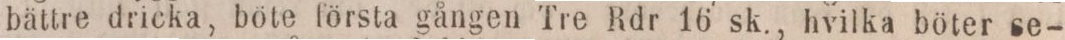
bättre dricka, böte första gången Tre Rdr 16 sk., hvilka böter se-